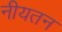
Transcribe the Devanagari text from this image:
नीयतन